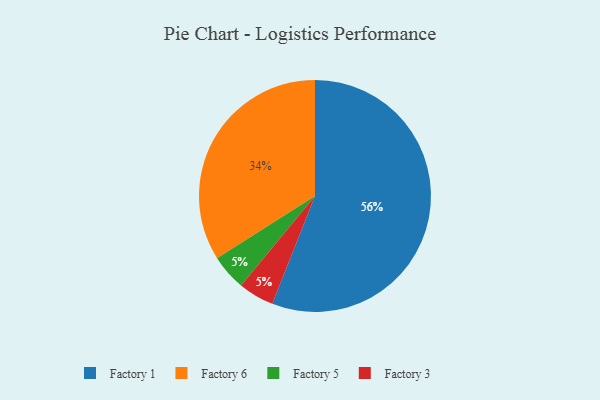
{"axis": {"x": "Category", "y": "Percentage"}, "legend": ["Factory 1", "Factory 3", "Factory 5", "Factory 6"], "data": [{"x": "Factory 1", "y": 56, "type": "Factory 1"}, {"x": "Factory 5", "y": 5, "type": "Factory 5"}, {"x": "Factory 6", "y": 34, "type": "Factory 6"}, {"x": "Factory 3", "y": 5, "type": "Factory 3"}]}